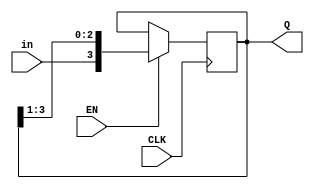
module reg1(EN, in, CLK, Q);
parameter n = 4; 
input EN; 
input in; 
input CLK; 
output [n-1:0] Q; 
reg [n-1:0] Q;

initial Q = 4'b0101 ;
always @(posedge CLK) 
begin 
	if (EN) 
		Q={in,Q[n-1:1]}; 
		end 
		
endmodule